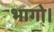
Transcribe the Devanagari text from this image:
भागो।